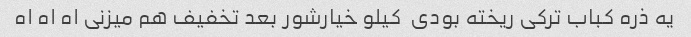
یه ذره کباب ترکی ریخته بودی  کیلو خیارشور بعد تخفیف هم میزنی اه اه اه